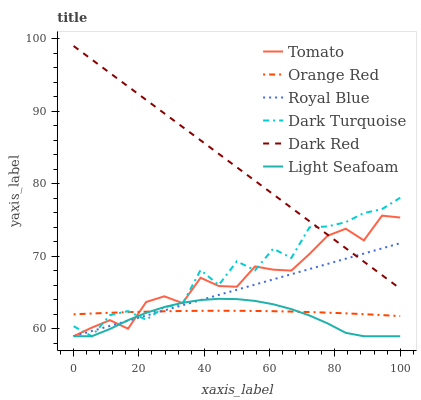
| xaxis_label | Tomato | Orange Red | Royal Blue | Dark Turquoise | Dark Red | Light Seafoam |
 | --- | --- | --- | --- | --- | --- | --- |
 | 0 | 59 | 62 | 59 | 60.4 | 99 | 59 |
 | 5.56 | 60.2 | 62.1 | 59.7 | 59 | 97.1 | 59 |
 | 11.1 | 61.2 | 62.2 | 60.4 | 61.9 | 95.3 | 60 |
 | 16.7 | 60 | 62.3 | 61.1 | 62.5 | 93.4 | 61.2 |
 | 22.2 | 63.7 | 62.4 | 61.8 | 61.3 | 91.6 | 62.2 |
 | 27.8 | 64.5 | 62.4 | 62.6 | 63 | 89.7 | 63 |
 | 33.3 | 63.6 | 62.5 | 63.3 | 63.4 | 87.9 | 63.6 |
 | 38.9 | 67.1 | 62.5 | 64 | 68.1 | 86 | 64 |
 | 44.4 | 65.9 | 62.5 | 64.7 | 66.1 | 84.1 | 64.2 |
 | 50 | 65.8 | 62.5 | 65.4 | 69.3 | 82.3 | 64.1 |
 | 55.6 | 68.6 | 62.5 | 66.1 | 68.1 | 80.4 | 63.9 |
 | 61.1 | 68.2 | 62.5 | 66.8 | 71.1 | 78.6 | 63.4 |
 | 66.7 | 68 | 62.4 | 67.5 | 69.8 | 76.7 | 62.7 |
 | 72.2 | 70.3 | 62.3 | 68.3 | 74 | 74.9 | 61.9 |
 | 77.8 | 72.9 | 62.3 | 69 | 74.1 | 73 | 60.8 |
 | 83.3 | 73.8 | 62.2 | 69.7 | 74.7 | 71.1 | 59.5 |
 | 88.9 | 72.2 | 62 | 70.4 | 76 | 69.3 | 59 |
 | 94.4 | 75.6 | 61.9 | 71.1 | 76.5 | 67.4 | 59 |
 | 100 | 75.4 | 61.8 | 71.8 | 78.1 | 65.6 | 59 |